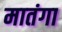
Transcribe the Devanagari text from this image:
मातंगा